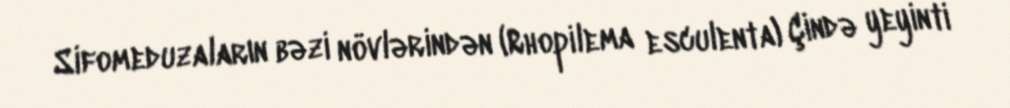
Sifomeduzaların bəzi növlərindən (Rhopilema esculenta) Çində yeyinti